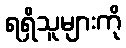
ရရှိသူများကို